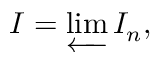
I = \varprojlim I _ { n } ,